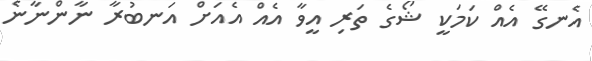
އެނގޭ އެއް ކަމަކީ ޝޯގެ ތަރި އީވާ އެއް އެއަށް އަނބުރާ ނާންނާނެ